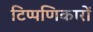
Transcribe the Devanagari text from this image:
टिप्पणिकारों